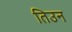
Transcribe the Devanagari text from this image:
तिउन